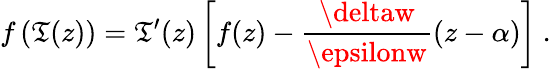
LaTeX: f\left(\mathfrak{T}(z)\right)=\mathfrak{T}^{\prime}(z)\left[f(z)-\frac{{\deltaw}}{{\epsilonw}}(z-\alpha)\right]\ .